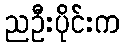
ညဦးပိုင်းက